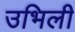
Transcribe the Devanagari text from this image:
उभिली